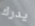
يدرك